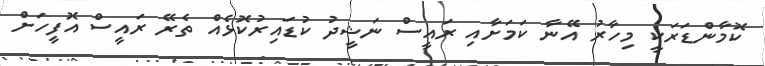
ކޮމާންޑަރަކީ މިހާރު އޭނާ ކަމަށާއި ރައީސް ނަޝީދު ކުޑައިރުކޮޅެއް ތެރޭ ރައީސް އޮފީހަށް